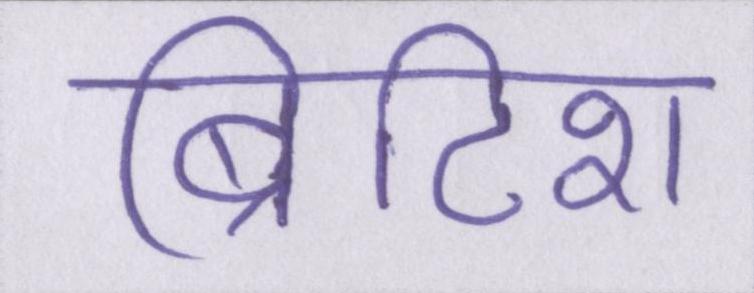
ब्रिटिश